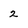
Character: 2